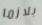
بلازما